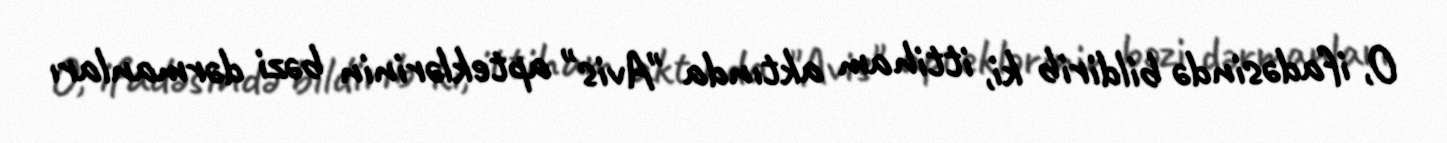
O, ifadəsində bildirib ki, ittiham aktında "Avis" apteklərinin bəzi dərmanları